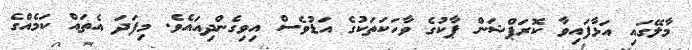
މާލޭގައި އަޅާފައިވާ ކޮރަޕްޝަން ޕާކުގެ ވާހަކަތަކުގެ އަޑުވެސް އިވިގެންދިއައެވެ. މިފަދަ އެތައް ކަމެއްގެ